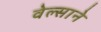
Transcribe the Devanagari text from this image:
वेल्साने